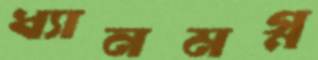
ধ্যানমগ্ন